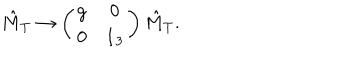
\hat { M } _ { T } \rightarrow \left( \begin{array} { c c } { { g } } & { { 0 } } \\ { { 0 } } & { { { \bf 1 } _ { 3 } } } \\ \end{array} \right) \hat { M } _ { T } .